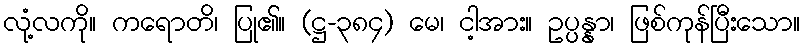
လုံ့လကို။ ကရောတိ၊ ပြု၏။ (ဋ္ဌ-၃၈၄) မေ၊ ငါ့အား။ ဥပ္ပန္နာ၊ ဖြစ်ကုန်ပြီးသော။